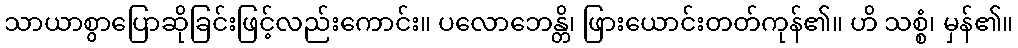
သာယာစွာပြောဆိုခြင်းဖြင့်လည်းကောင်း။ ပလောဘေန္တိ၊ ဖြားယောင်းတတ်ကုန်၏။ ဟိ သစ္စံ၊ မှန်၏။